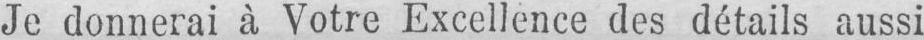
Je donnerai à Votre Excellence des détails aussi